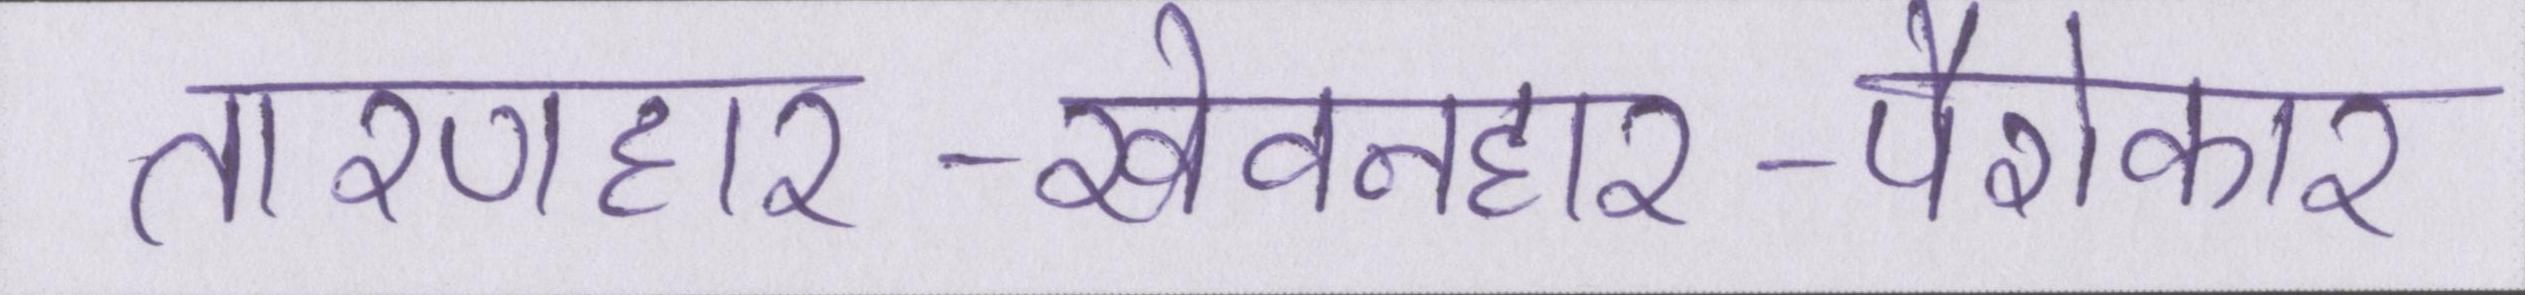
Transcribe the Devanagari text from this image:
तारणहार-खेवनहार-पैरोकार